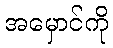
အမှောင်ကို